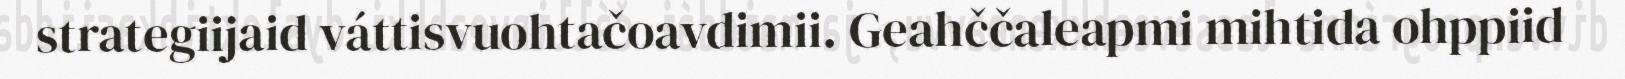
strategiijaid váttisvuohtačoavdimii. Geahččaleapmi mihtida ohppiid